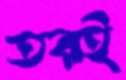
তরই